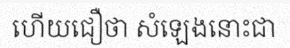
ហើយជឿថា សំឡេងនោះជា